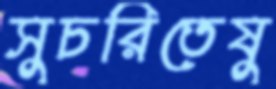
সুচরিতেষু